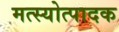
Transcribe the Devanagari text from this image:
मत्स्योत्पादक